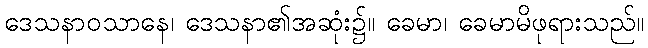
ဒေသနာဝသာနေ၊ ဒေသနာ၏အဆုံး၌။ ခေမာ၊ ခေမာမိဖုရားသည်။